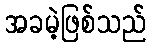
အခမဲ့ဖြစ်သည်